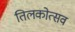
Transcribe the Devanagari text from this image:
तिलकोत्सव